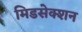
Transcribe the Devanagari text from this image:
मिडसेक्शन